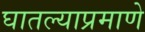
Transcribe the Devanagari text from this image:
घातल्याप्रमाणे